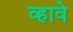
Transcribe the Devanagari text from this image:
व्‍हावे